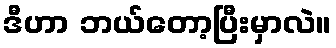
ဒီဟာ ဘယ်တော့ပြီးမှာလဲ။